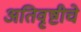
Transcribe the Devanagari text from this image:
अतिवृष्टीचे